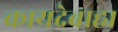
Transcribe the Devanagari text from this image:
कायदेबाह्य